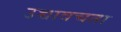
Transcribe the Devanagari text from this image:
उच्चावचता